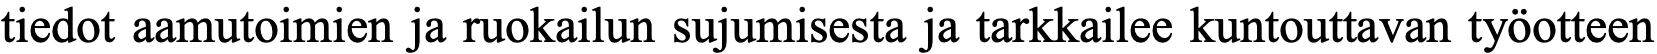
tiedot aamutoimien ja ruokailun sujumisesta ja tarkkailee kuntouttavan työotteen